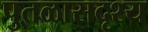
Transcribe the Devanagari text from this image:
पुतळासदृश्य